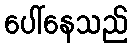
ပေါ်နေသည်